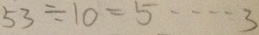
5 3 \div 1 0 = 5 \cdots 3